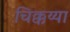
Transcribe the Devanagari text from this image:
चिक्कय्या